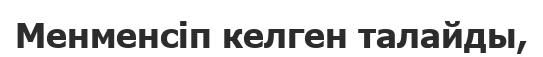
Менменсіп келген талайды,